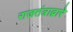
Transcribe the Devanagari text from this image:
राजतंत्राद्वारे